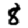
Digit: 8